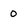
Character: 0